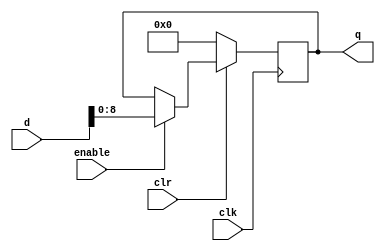
// Memory Address Register

module MARegister #(parameter val = 0) (
	output reg [8:0] q,
   input [31:0] d,
   input clr, clk, enable
	);
  
	always @ (posedge clk) begin
		if (clr == 0)
			q = 0;
		else if (enable)
			q = d[8:0];
		end
   initial q = val; // assign initial value
endmodule // MARegister